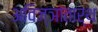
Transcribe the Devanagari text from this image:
अविज्ञातार्थ